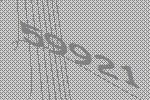
59921